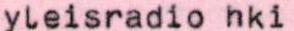
yleisradio hki